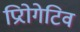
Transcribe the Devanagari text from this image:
प्रिरोगेटिव